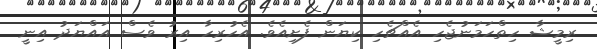
ރިމީޝާ ހިތްހަމަނުޖެހި އެއްޗެހި ކިޔަން ފެށިއެވެ. އެހުރިހާ އިރު ވެސް އައްޔަދު އިނީ